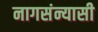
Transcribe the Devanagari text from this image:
नागसंन्यासी